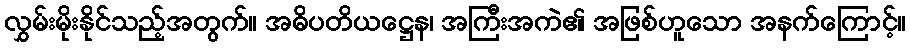
လွှမ်းမိုးနိုင်သည့်အတွက်။ အဓိပတိယဋ္ဌေန၊ အကြီးအကဲ၏ အဖြစ်ဟူသော အနက်ကြောင့်။